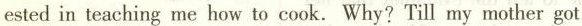
ested in teaching me how to cook. Why? Till my mother got